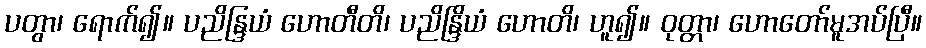
ပတွာ၊ ရောက်၍။ ပညိန္ဒြယံ ဟောတီတိ၊ ပညိန္ဒြိယံ ဟောတိ၊ ဟူ၍။ ဝုတ္တာ၊ ဟောတော်မူအပ်ပြီ။